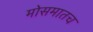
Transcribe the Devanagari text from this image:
मोसमातच